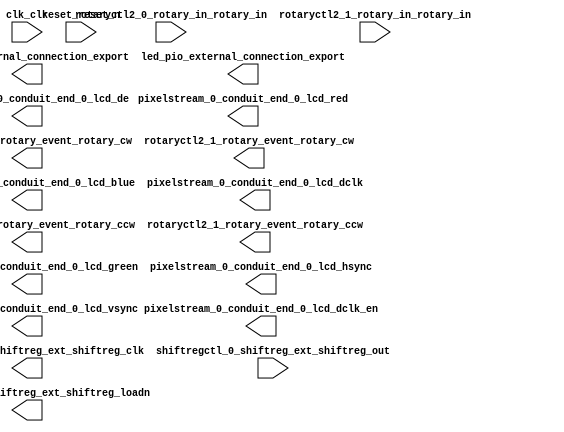

module clarvi_soc2 (
	clk_clk,
	hex_pio_external_connection_export,
	led_pio_external_connection_export,
	pixelstream_0_conduit_end_0_lcd_red,
	pixelstream_0_conduit_end_0_lcd_green,
	pixelstream_0_conduit_end_0_lcd_blue,
	pixelstream_0_conduit_end_0_lcd_hsync,
	pixelstream_0_conduit_end_0_lcd_vsync,
	pixelstream_0_conduit_end_0_lcd_de,
	pixelstream_0_conduit_end_0_lcd_dclk,
	pixelstream_0_conduit_end_0_lcd_dclk_en,
	reset_reset_n,
	rotaryctl2_0_rotary_event_rotary_ccw,
	rotaryctl2_0_rotary_event_rotary_cw,
	rotaryctl2_0_rotary_in_rotary_in,
	rotaryctl2_1_rotary_event_rotary_ccw,
	rotaryctl2_1_rotary_event_rotary_cw,
	rotaryctl2_1_rotary_in_rotary_in,
	shiftregctl_0_shiftreg_ext_shiftreg_clk,
	shiftregctl_0_shiftreg_ext_shiftreg_loadn,
	shiftregctl_0_shiftreg_ext_shiftreg_out);	

	input		clk_clk;
	output	[23:0]	hex_pio_external_connection_export;
	output	[9:0]	led_pio_external_connection_export;
	output	[7:0]	pixelstream_0_conduit_end_0_lcd_red;
	output	[7:0]	pixelstream_0_conduit_end_0_lcd_green;
	output	[7:0]	pixelstream_0_conduit_end_0_lcd_blue;
	output		pixelstream_0_conduit_end_0_lcd_hsync;
	output		pixelstream_0_conduit_end_0_lcd_vsync;
	output		pixelstream_0_conduit_end_0_lcd_de;
	output		pixelstream_0_conduit_end_0_lcd_dclk;
	output		pixelstream_0_conduit_end_0_lcd_dclk_en;
	input		reset_reset_n;
	output		rotaryctl2_0_rotary_event_rotary_ccw;
	output		rotaryctl2_0_rotary_event_rotary_cw;
	input	[1:0]	rotaryctl2_0_rotary_in_rotary_in;
	output		rotaryctl2_1_rotary_event_rotary_ccw;
	output		rotaryctl2_1_rotary_event_rotary_cw;
	input	[1:0]	rotaryctl2_1_rotary_in_rotary_in;
	output		shiftregctl_0_shiftreg_ext_shiftreg_clk;
	output		shiftregctl_0_shiftreg_ext_shiftreg_loadn;
	input		shiftregctl_0_shiftreg_ext_shiftreg_out;
endmodule